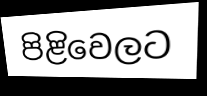
පිළිවෙලට